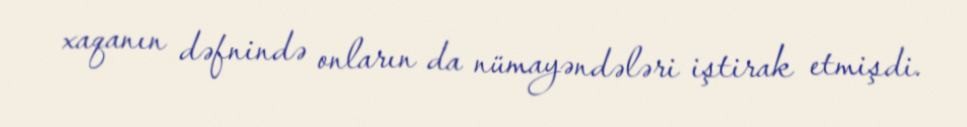
xaqanın dəfnində onların da nümayəndələri iştirak etmişdi.